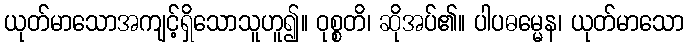
ယုတ်မာသောအကျင့်ရှိသောသူဟူ၍။ ဝုစ္စတိ၊ ဆိုအပ်၏။ ပါပဓမ္မေန၊ ယုတ်မာသော